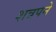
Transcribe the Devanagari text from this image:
शत्रपने